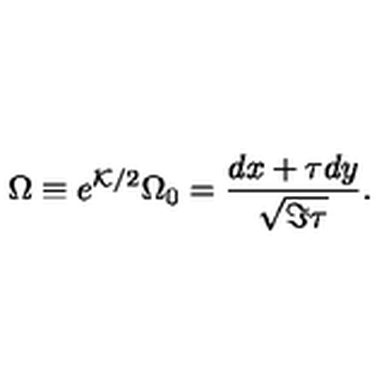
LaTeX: \Omega \equiv e ^ { { \cal K } / 2 } \Omega _ { 0 } = { \frac { d x + \tau d y } { \sqrt { \Im \tau } } } .